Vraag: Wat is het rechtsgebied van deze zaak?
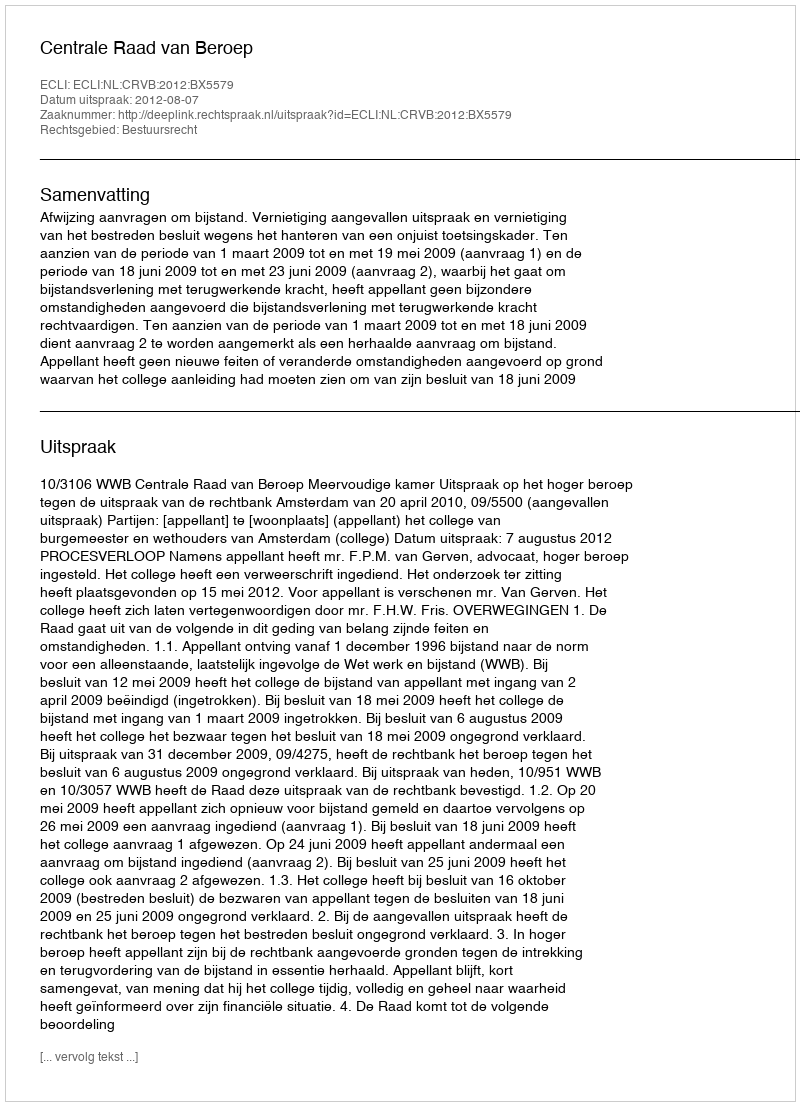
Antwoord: Bestuursrecht